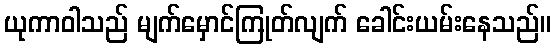
ယုကာဝါသည် မျက်မှောင်ကြုတ်လျက် ခေါင်းယမ်းနေသည်။